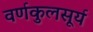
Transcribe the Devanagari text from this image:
वर्णकुलसूर्य